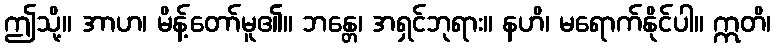
ဤသို့။ အာဟ၊ မိန့်တော်မူ၏။ ဘန္တေ၊ အရှင်ဘုရား။ နဟိ၊ မရောက်နိုင်ပါ။ ဣတိ၊